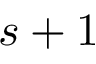
s + 1